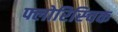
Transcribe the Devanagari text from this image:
फ्लोरिस्चिक